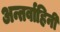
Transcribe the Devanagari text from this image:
अन्तर्वाहिनी